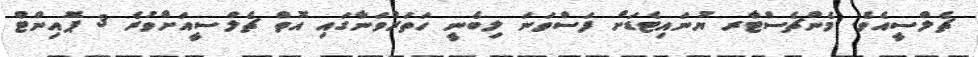
ޗެލްސީއެވެ. މެންޗެސްޓާރ ޔުނައިޓެޑަށް ފަސްވަނަ ލިބެނީ ހަތަރުވަނާގައި އޮތް ޗެލްސީއަށްވުރެ 3 ޕޮއިންޓް